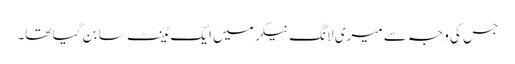
جس کی وجہ سے میری لانگ نیکر میں ایک ٹینٹ سا بن گیا تھا۔